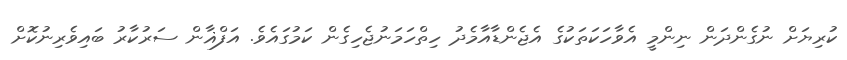
ކުރިޔަށް ނުގެންދަން ނިންމީ އެވާހަކަތަކުގެ އެޖެންޑާއާމެދު ހިތްހަމަނުޖެހިގެން ކަމުގައެވެ. އަފްޣާން ސަރުކާރު ބައިވެރިނުކޮށް